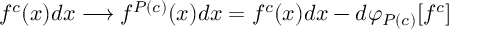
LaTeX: f ^ { c } ( x ) d x \longrightarrow f ^ { P ( c ) } ( x ) d x = f ^ { c } ( x ) d x - d \varphi _ { P ( c ) } [ f ^ { c } ]